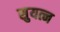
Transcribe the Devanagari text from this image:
सुयत्न